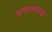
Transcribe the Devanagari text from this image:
अनात्मतया